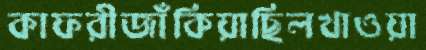
কাফরীজাঁকিয়াছিলখাওয়া